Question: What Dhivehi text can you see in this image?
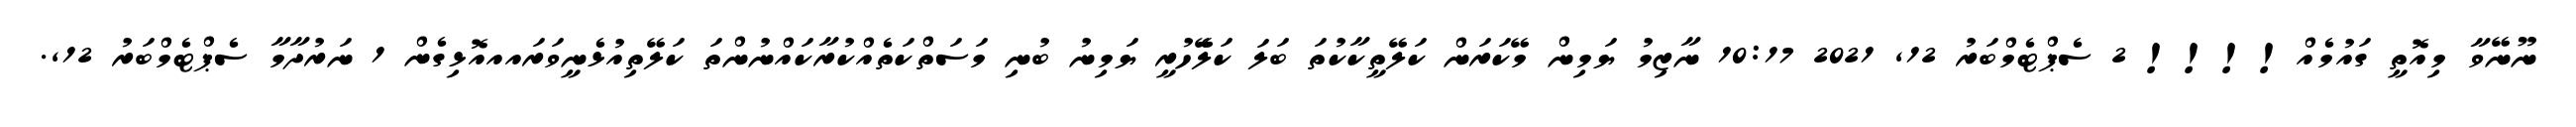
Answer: ނޫނޭވާ މިއޮތީ ގައުމެއް!!!! 2 ސެޕްޓެމްބަރު 12, 2021 10:17 ނާޒިމު ޔަމިން މޭކަރަން ކަލޭތީކާކުތަ ބަލަ ކަލެޭހުރީ ޔަމިނު ބުނި މަސަތްކަތެއްކުރާކައްނުންތަ ކަލޭތިއުޅެނީވަރައއއޮޅިގެން 1 ނަރުދާމާ ސެޕްޓެމްބަރު 12,.